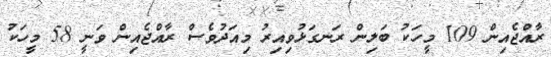
ރާއްޖެއިން 109 މީހަކު ބަލިން ރަނގަޅުވިއިރު މިއަދުވެސް ރާއްޖެއިން ވަނީ 58 މީހަކު